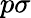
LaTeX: p\sigma